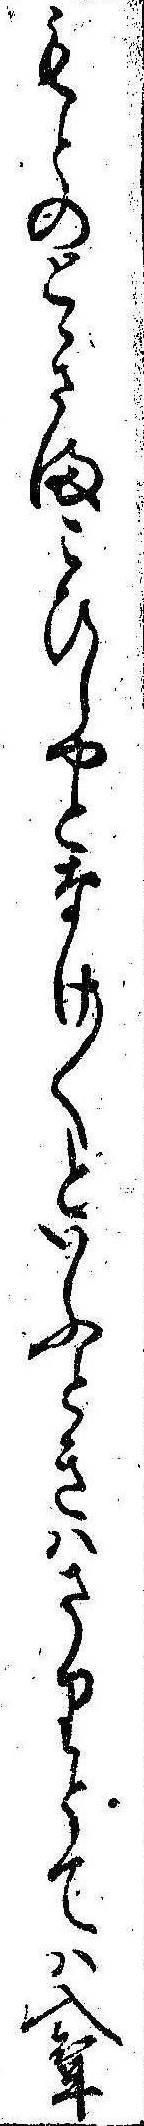
もとのとゝさまこひしやとなけ〱といふときはさりとては入婿